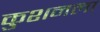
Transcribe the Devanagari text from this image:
कुशनला